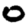
Digit: 0